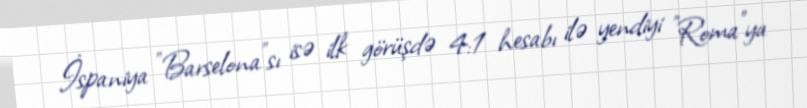
İspaniya "Barselona"sı isə ilk görüşdə 4:1 hesabı ilə yendiyi "Roma"ya